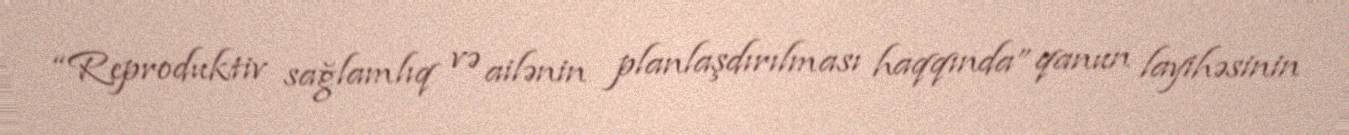
“Reproduktiv sağlamlıq və ailənin planlaşdırılması haqqında” qanun layihəsinin